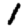
Digit: 1